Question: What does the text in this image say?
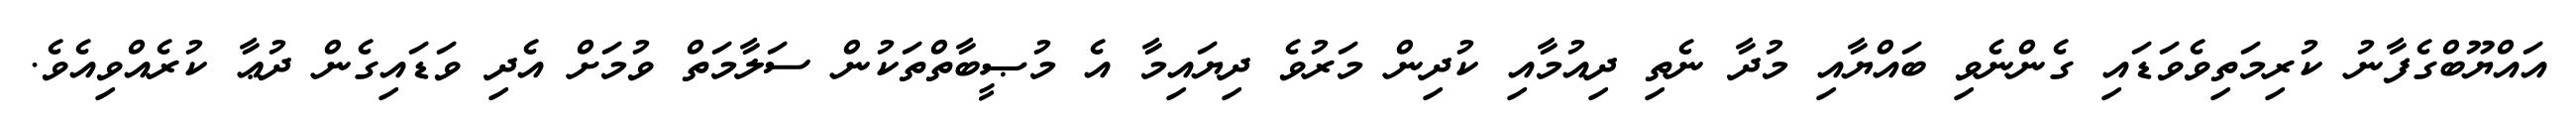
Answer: އައްޔޫބްގެފާނު ކުރިމަތިވެވަޑައި ގެންނެވި ބައްޔާއި މުދާ ނެތި ދިއުމާއި ކުދިން މަރުވެ ދިޔައިމާ އެ މުޞީބާތްތަކުން ސަލާމަތް ވުމަށް އެދި ވަޑައިގެން ދުޢާ ކުރެއްވިއެވެ.